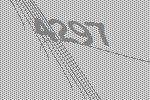
4297